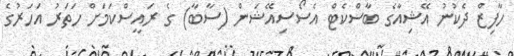
ހާފިޒް ދެކުނު އޭޝިއާގެ ބާސްކެޓް އެސޯސިއޭޝަން (ސާބާ) ގެ ރައީސްކަމަށް ހަތަރު އަހަރުގެ